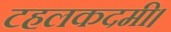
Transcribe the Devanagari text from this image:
टहलकदमी।